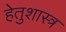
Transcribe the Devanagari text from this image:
हेतुशास्त्र